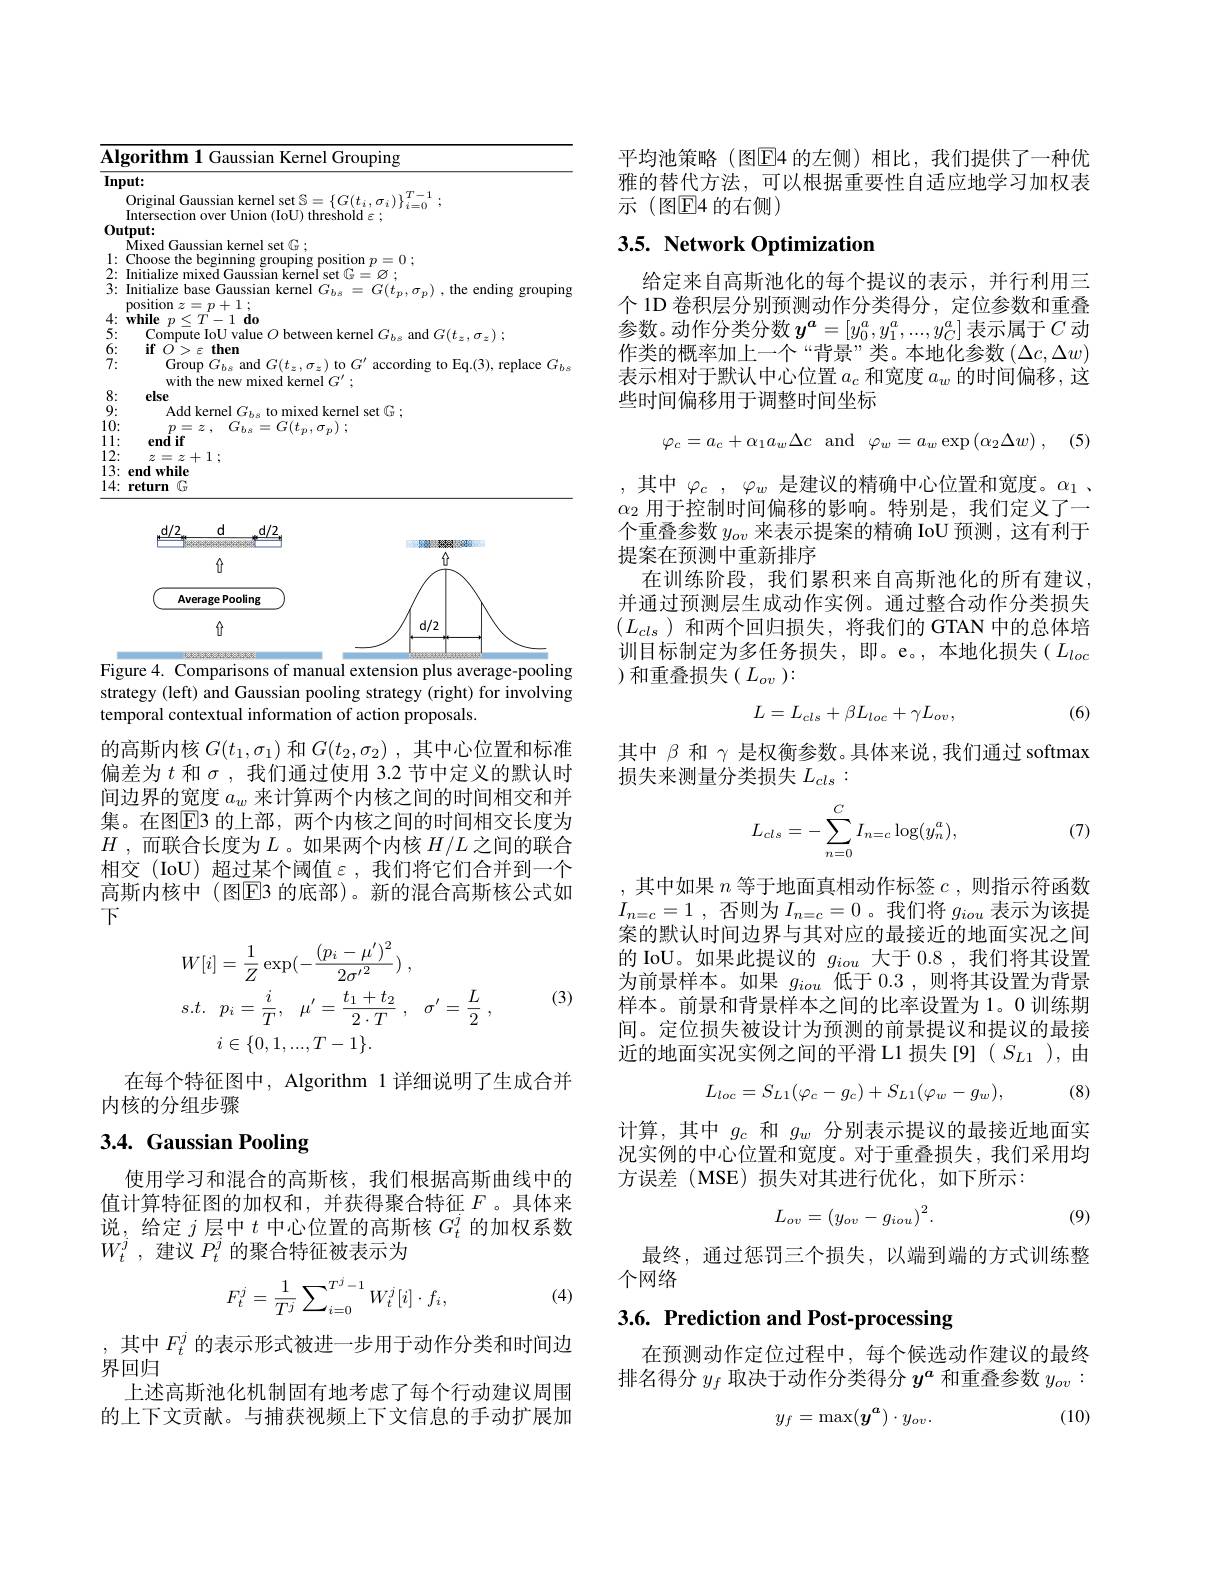
<table>
	<tbody>
		<tr>
			<td>$\mathbf{Al}$ $\mathbf{A}$ 、</td>
			<td>${\mathrm{frouping}}$</td>
		</tr>
		<tr>
			<td>$\overline{\mathbf{InF}}$</td>
			<td>$)ut:$</td>
		</tr>
		<tr>
			<td> </td>
			<td> </td>
		</tr>
		<tr>
			<td> </td>
			<td> </td>
		</tr>
		<tr>
			<td>$0u$</td>
			<td>tmmt</td>
		</tr>
		<tr>
			<td> </td>
			<td>set C</td>
		</tr>
		<tr>
			<td>1 $w$ A</td>
			<td>Thoose the hegir MININO Merrinns $n=0$</td>
		</tr>
		<tr>
			<td>2:</td>
			<td>nitiali7p rarna -7</td>
		</tr>
		<tr>
			<td>3:</td>
			<td>Initialize base Gaussian kernel $G_{bs}=G(t_p,\sigma_p)$ ,the ending grouping position $z=p+1:$</td>
		</tr>
		<tr>
			<td> 1 1 </td>
			<td>$\mathbf{while}$ $p< T- 1\textbf{do}$</td>
		</tr>
		<tr>
			<td>5:</td>
			<td>'ommute lol an</td>
		</tr>
		<tr>
			<td>$L$</td>
			<td>$\neq$ $1en$ 11</td>
		</tr>
		<tr>
			<td>7:</td>
			<td>$\operatorname{Group}G_{bs}$ $and($ $t01$ according Eq.(3), replace $G_bs$</td>
		</tr>
		<tr>
			<td>8</td>
			<td>else</td>
		</tr>
		<tr>
			<td>0</td>
			<td>set</td>
		</tr>
		<tr>
			<td>10: 1</td>
			<td>$\pi$ $TD$</td>
		</tr>
		<tr>
			<td>1 · </td>
			<td>endif</td>
		</tr>
		<tr>
			<td>12: 1</td>
			<td>7 7</td>
		</tr>
		<tr>
			<td>13: 1 </td>
			<td>end while</td>
		</tr>
		<tr>
			<td>14: 1</td>
			<td>return G</td>
		</tr>
	</tbody>
</table>

<FigureHere>
Figure 4. Comparisons of manual extension plus average-pooling

strategy (left) and Gaussian pooling strategy (right) for involving
temporal contextual information of action proposals.

的高斯内核$G(t_1,\sigma_1)$和$G(t_2,\sigma_2)$ ,其中心位置和标准偏差为$t$和$\sigma$,我们通过使用 3.2 节中定义的默认时间边界的宽度$a_w$来计算两个内核之间的时间相交和并集。在图$\boxed{\mathrm{E}}$3 的上部，两个内核之间的时间相交长度为$H$ ,而联合长度为$L$ 。如果两个内核 $H/L$ 之间的联合相交(IoU)超过某个阈值$\varepsilon$,我们将它们合并到一个高斯内核中 (图$\overline{\mathrm{E}}$3 的底部)。新的混合高斯核公式如下
$$\begin{aligned}&W[i]=\frac{1}{Z}\exp(-\frac{(p_{i}-\mu^{\prime})^{2}}{2{\sigma^{\prime}}^{2}})\:,\\&s.t.\quad p_{i}=\frac{i}{T},\quad\mu^{\prime}=\frac{t_{1}+t_{2}}{2\cdot T}\:,\quad\sigma^{\prime}=\frac{L}{2}\:,\\&i\in\{0,1,...,T-1\}.\end{aligned}$$
(3)

在每个特征图中，Algorithm 1 详细说明了生成合并
内核的分组步骤

## 3.4. Gaussian Pooling

使用学习和混合的高斯核，我们根据高斯曲线中的值计算特征图的加权和，并获得聚合特征$F$。具体来说，给定$j$层中$t$中心位置的高斯核$G_t^j$的加权系数$W_t^j$ , ${\text{建 议 }P_t}^j$的聚合特征被表示为
$$F_t^j=\frac{1}{T^j}\sum_{i=0}^{T^j-1}W_t^j[i]\cdot f_i,$$
(4)

,其中$F_t^j$的表示形式被进一步用于动作分类和时间边
界回归
上述高斯池化机制固有地考虑了每个行动建议周围的上下文贡献。与捕获视频上下文信息的手动扩展加

平均池策略(图E4 的左侧)相比，我们提供了一种优雅的替代方法，可以根据重要性自适应地学习加权表示 (图E4 的右侧)

## 3.5. Network Optimization

给定来自高斯池化的每个提议的表示，并行利用三个 1D 卷积层分别预测动作分类得分，定位参数和重叠参数。动作分类分数$y^a=[y_0^a,y_1^a,...,y_C^a]$表示属于$C$动作类的概率加上一个“背景”类。本地化参数$(\Delta c,\Delta w)$ 表示相对于默认中心位置$a_c$和宽度$a_w$的时间偏移，这些时间偏移用于调整时间坐标
$$\begin{matrix}\varphi_c=a_c+\alpha_1a_w\Delta c&\text{and}&\varphi_w=a_w\exp\left(\alpha_2\Delta w\right)\end{matrix},$$
,其中$\varphi_c,\varphi_w$ 是建议的精确中心位置和宽度。$\alpha_1$ 、 $\alpha_2$用于控制时间偏移的影响。特别是，我们定义了一个重叠参数$y_{ov}$来表示提案的精确 IoU 预测，这有利于提案在预测中重新排序
在训练阶段，我们累积来自高斯池化的所有建议， 并通过预测层生成动作实例。通过整合动作分类损失$(L_{cls}$)和两个回归损失，将我们的 GTAN 中的总体培训目标制定为多任务损失，即。e。,本地化损失($L_loc$ )和重叠损失($L_ov$):
$$L=L_{cls}+\beta L_{loc}+\gamma L_{ov},$$
(6)

其中$\beta$和$\gamma$是权衡参数。具体来说，我们通过 softmax
损失来测量分类损失$L_cls:$
$$L_{cls}=-\sum_{n=0}^{C}I_{n=c}\log(y_{n}^{a}),$$
(7)

,其中如果$n$等于地面真相动作标签$c$,则指示符函数$I_{n= c}= 1$ , 否则为$I_n=c=0$。我们将$g_iou$表示为该提案的默认时间边界与其对应的最接近的地面实况之间的 IoU。如果此提议的$g_{iou}$大于 0.8 ,我们将其设置为前景样本。如果$g_iou$低于 0.3 ,则将其设置为背景样本。前景和背景样本之间的比率设置为1。0 训练期间。定位损失被设计为预测的前景提议和提议的最接近的地面实况实例之间的平滑 L1 损失[9]( $S_{L1}$ ),由
$$L_{loc}=S_{L1}(\varphi_{c}-g_{c})+S_{L1}(\varphi_{w}-g_{w}),$$
(8)

计算，其中$g_c$和$g_w$分别表示提议的最接近地面实况实例的中心位置和宽度。对于重叠损失，我们采用均方误差(MSE)损失对其进行优化，如下所示：
$$L_{ov}=\left(y_{ov}-g_{iou}\right)^2.$$
(9)

最终，通过惩罚三个损失，以端到端的方式训练整
个网络

## 3.6. Prediction and Post-processing

在预测动作定位过程中，每个候选动作建议的最终排名得分$y_f$取决于动作分类得分$y^a$和重叠参数$y_{ov}:$
$$y_f=\max(y^a)\cdot y_{ov}.$$
(10)